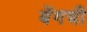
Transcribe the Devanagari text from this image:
बेंगची